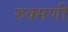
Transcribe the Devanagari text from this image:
रुक्‍मणी